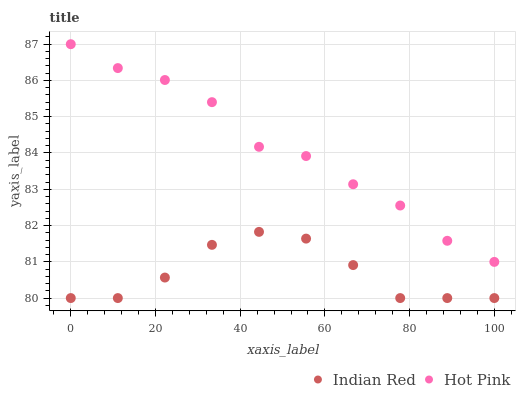
| xaxis_label | Indian Red | Hot Pink |
 | --- | --- | --- |
 | 0 | 80 | 87 |
 | 11.1 | 80 | 86.3 |
 | 22.2 | 80.6 | 86 |
 | 33.3 | 81.5 | 85.4 |
 | 44.4 | 81.8 | 84.2 |
 | 55.6 | 81.6 | 83.9 |
 | 66.7 | 80.9 | 83.1 |
 | 77.8 | 80 | 82.6 |
 | 88.9 | 80 | 81.6 |
 | 100 | 80 | 81 |